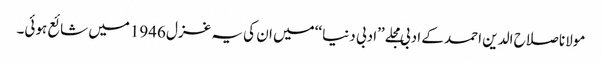
مولانا صلاح الدین احمد کے ادبی مجلے ’’ادبی دنیا ‘‘میں ان کی یہ غزل 1946میں شائع ہوئی۔